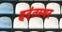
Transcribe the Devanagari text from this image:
हृदंतस्थर